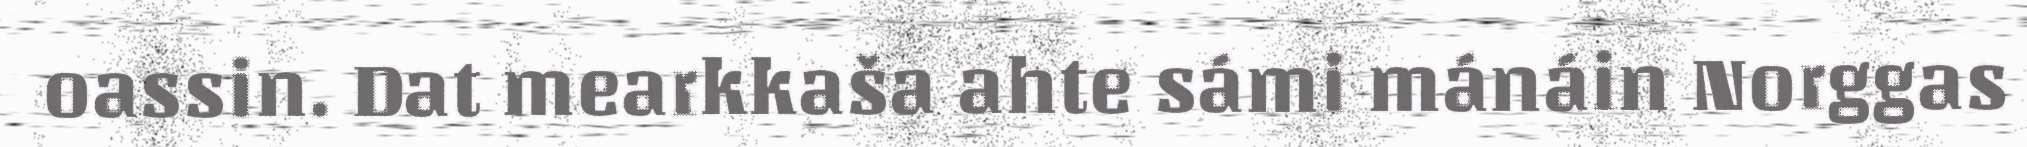
oassin. Dat mearkkaša ahte sámi mánáin Norggas